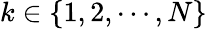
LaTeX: k\in\{ 1,2,\cdots,N\}